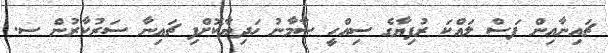
ޗައިނާއިން ފަސް ލައްކަ ރުފިޔާގެ ސިއްހީ ސާމާނު ހަދިޔާކޮށްފި ޗައިނާ ސަރުކާރުން ސ.